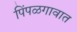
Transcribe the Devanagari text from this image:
पिंपळगावात